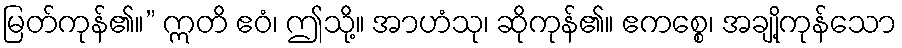
မြတ်ကုန်၏။” ဣတိ ဧဝံ၊ ဤသို့။ အာဟံသု၊ ဆိုကုန်၏။ ဧကစ္စေ၊ အချို့ကုန်သော